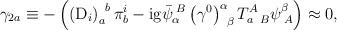
LaTeX: \begin{align*}\gamma _{2a}\equiv -\left( \left( \mathrm{D}_{i}\right) _{a}^{\;\;b}\pi_{b}^{i}-\mathrm{ig}\bar{\psi}_{\alpha }^{\;B}\left( \gamma ^{0}\right)_{\;\;\beta }^{\alpha }T_{a\;\;B}^{A}\psi _{\;A}^{\beta }\right) \approx 0,\end{align*}